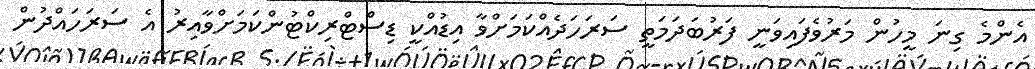
އެންމެ ގިނަ މީހުން މަރުވެފައިވަނީ ފަރުބަދަމަތީ ސަރަހަދެއްކަމަށްވާ އިޑުއްކީ ޑިސްޓްރިކްޓުންކަމަށްވާއިރު އެ ސަރަހައްދުން